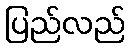
ပြည်လည်